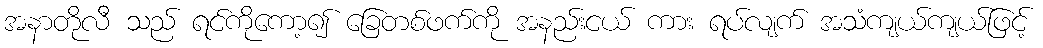
အနာတိုလီ သည် ရင်ကိုကော့၍ ခြေတစ်ဖက်ကို အနည်းငယ် ကား ရပ်လျက် အသံကျယ်ကျယ်ဖြင့်